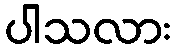
ပါသလား